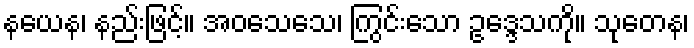
နယေန၊ နည်းဖြင့်။ အဝသေသေ၊ ကြွင်းသော ဥဒ္ဒေသကို။ သုတေန၊